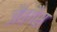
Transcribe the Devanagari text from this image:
जैवगैस